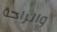
والراحة